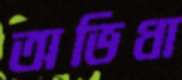
অভিধা